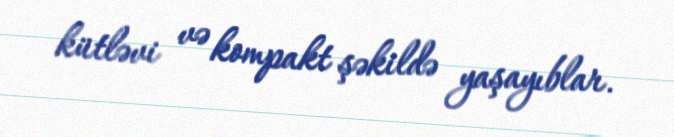
kütləvi və kompakt şəkildə yaşayıblar.